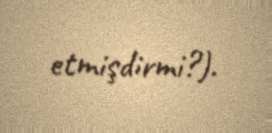
etmişdirmi?).